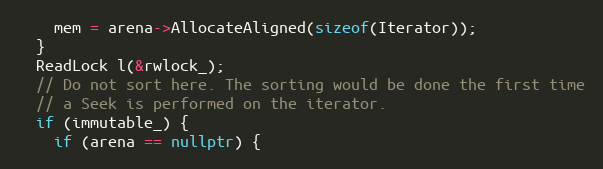
Language: C++
    mem = arena->AllocateAligned(sizeof(Iterator));
  }
  ReadLock l(&rwlock_);
  // Do not sort here. The sorting would be done the first time
  // a Seek is performed on the iterator.
  if (immutable_) {
    if (arena == nullptr) {